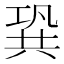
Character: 𠔣